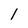
Character: l